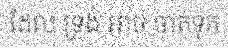
ដែល ទ្រង់ អាច ចាត់ទុក